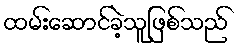
ထမ်းဆောင်ခဲ့သူဖြစ်သည်